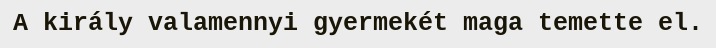
A király valamennyi gyermekét maga temette el.